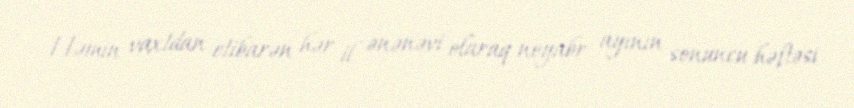
Həmin vaxtdan etibarən hər il ənənəvi olaraq noyabr ayının sonuncu həftəsi